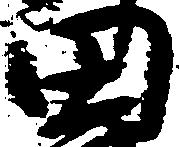
田